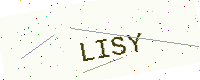
Text: LISY